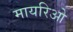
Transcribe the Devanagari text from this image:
मायरिओ